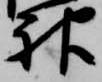
神